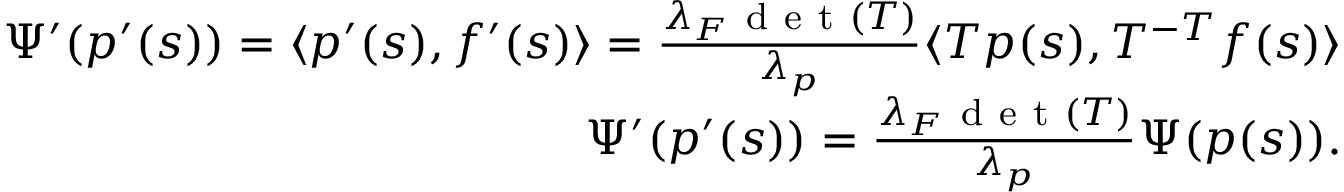
\begin{array} { r } { \Psi ^ { \prime } ( p ^ { \prime } ( s ) ) = \langle p ^ { \prime } ( s ) , f ^ { \prime } ( s ) \rangle = \frac { \lambda _ { F } \mathrm { ~ d ~ e ~ t ~ } ( T ) } { \lambda _ { p } } \langle T p ( s ) , T ^ { - T } f ( s ) \rangle } \\ { \Psi ^ { \prime } ( p ^ { \prime } ( s ) ) = \frac { \lambda _ { F } \mathrm { ~ d ~ e ~ t ~ } ( T ) } { \lambda _ { p } } \Psi ( p ( s ) ) . } \end{array}